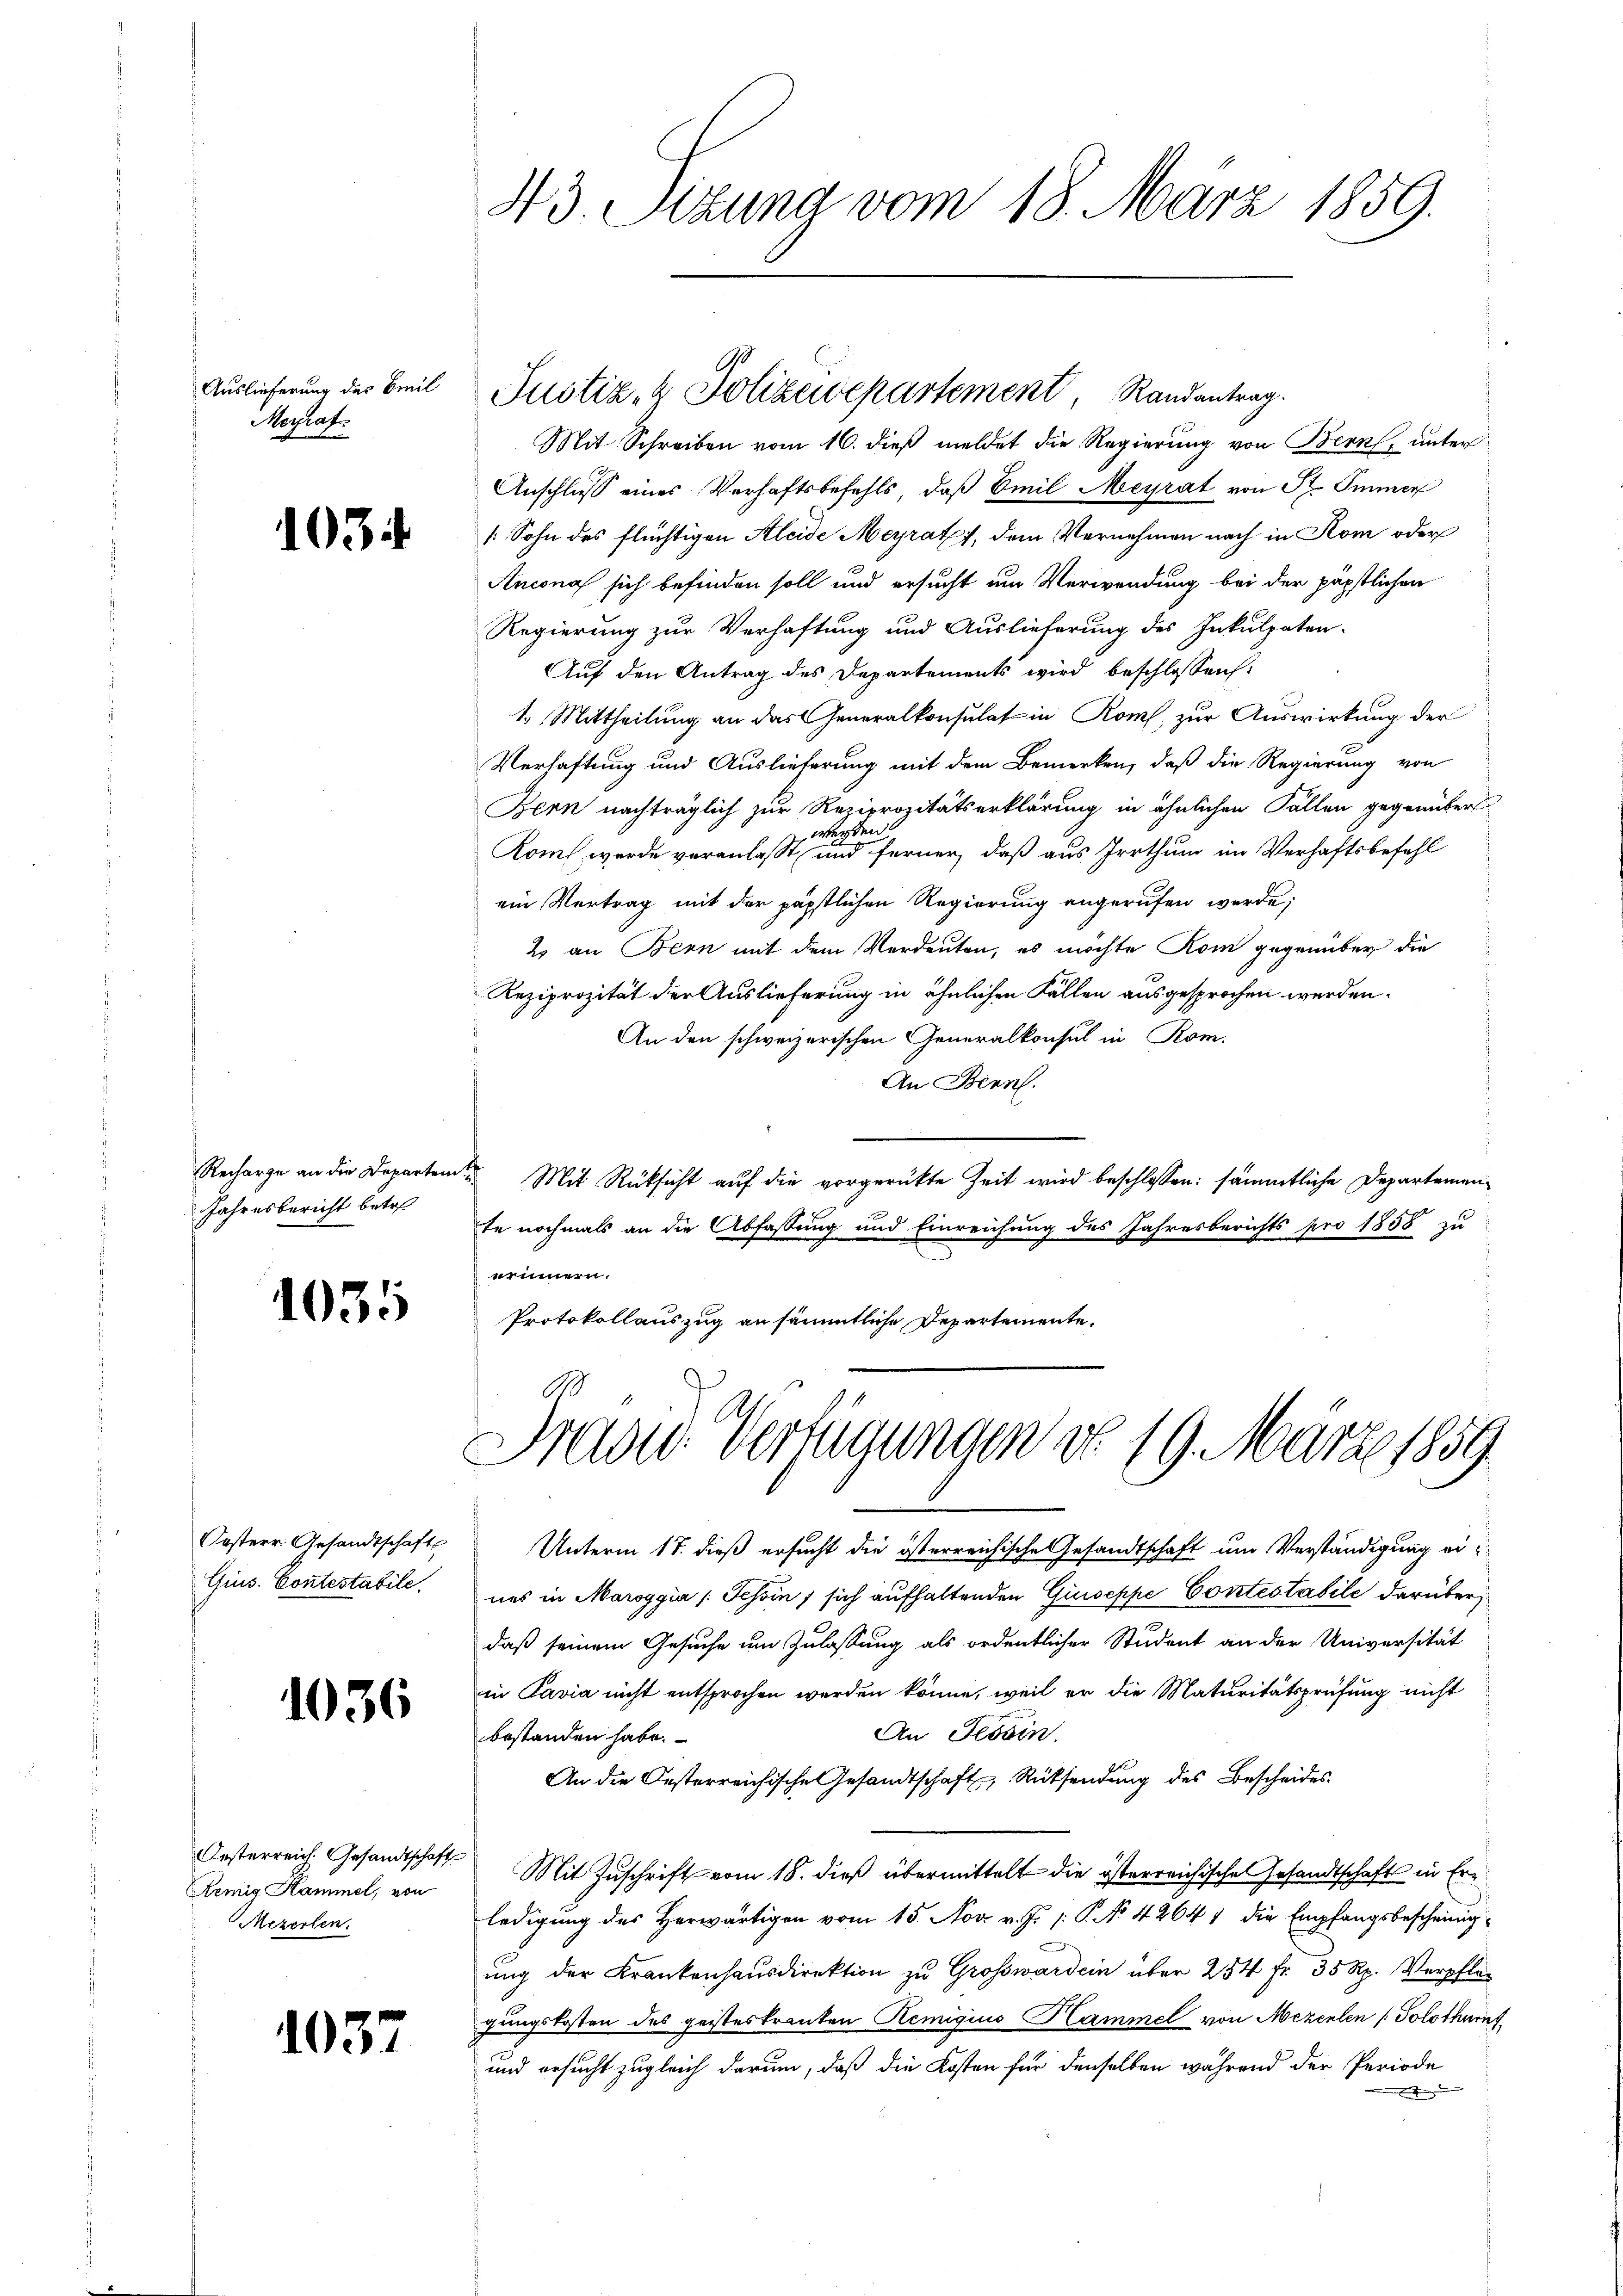
Auslieferung des Breil
Meyrat

103

Recharge an die Departen
Jahresbericht betre

1035

Oesterr Gesandtschaft
Gius. Contestabile.

1036

Oesterreich. Gesandtschaft
Remig Kammel, von
Mezerlen.

1037

43. Sizung vom 18. März 1859.

Justiz- & Polizeivepartement Randantrag.

Mit Schreiben vom 16. dieß meldet die Regierung von Bern, unter
Anschluß eines Verhaftsbefehls, daß Emil Meyrat von St. Immer
(Sohn des flüchtigen Aleide Meyrath, dem Vernehmen nach in Rom oder
Ancona sich befinden soll und ersucht um Verwendung bei der päpstlichen
Regierung zur Verhaftung und Auslieferung des Inkulpaten-
Auf den Antrag des Departements wird beschlossen:
1. Mittheilung an das Generalkonsulat in Rom, zur Auswirkung der
Verhaftung und Auslieferung mit dem Bemerken, daß die Regierung von
Bern nachträglich zur Reziprozitätserklärung in ähnlichen Fällen gegenübert
werden.
Komt wurde veranlaßt, und ferner, daß aus Irrthum im Verhaftsbefehl
ein Vertrag mit der päpstlichen Regierung angerufen werde;
2 an Bern mit dem Verdeuten, es möchte Rom gegenüber die
Reziprozität der Auslieferung in ähnlichen Fällen ausgesprochen werden.
An den schweizerischen Generalkonsul in Rom.
An Bern.
 Mit Rüksicht auf die vorgerückte Zeit wird beschlossen: sämmtliche Departemente nochmals an die Abfassung und Einreichung des Jahresberichts pro 1858 zu
erinnern.
Protokollauszug an sämmtliche Departemente.

Srader Verfügungen do 19. März 1859
.

in Pavia nicht entsprochen werden könne, weil er die Maturitätsprüfung nicht
An Tessin.
bestanden habe.
An die Oesterreichische Gesandtschaft, Rücksendung des Bescheides
Mit Zuschrift vom 18. dieß übermittelt die österreichische Gesandtschaft in Erledigung des Herwärtigen vom 15. Nov. v. J. P. No 42641 die Empfangsbescheinig-
ung der Krankenhausdirektion zu Großwardein über 254 fr. 35 Rp. Verpflegungskosten des geisteskranten Remigius Hammel von Mezielen (Solothurnf
und ersucht zugleich darum, daß die Kosten für denselben während der Periode

Unterm 17. dieß ersucht die österreichische Gesandtschaft um Verständigung eines in Maroggia /Fchoin, sich aufhaltenden Giuseppe Contestabile darüberdaß seinem Gesuche um Zulassung als ordentlicher Student an der Universität